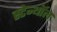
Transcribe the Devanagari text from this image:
स्टेन्थॉल